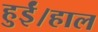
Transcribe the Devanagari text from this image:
हुईं।हाल